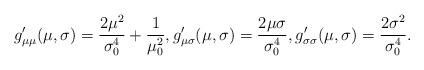
LaTeX: \begin{align*}g_{\mu\mu}^\prime(\mu,\sigma) &= \frac{2\mu^2}{\sigma_0^4} + \frac{1}{\mu_0^2}, g_{\mu\sigma}^\prime(\mu,\sigma) = \frac{2\mu\sigma}{\sigma_0^4},g_{\sigma\sigma}^\prime(\mu,\sigma) = \frac{2\sigma^2}{\sigma_0^4}.\end{align*}